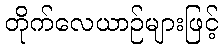
တိုက်လေယာဉ်များဖြင့်